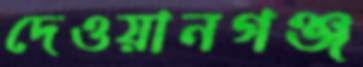
দেওয়ানগঞ্জ